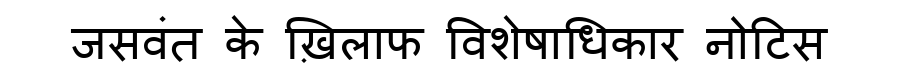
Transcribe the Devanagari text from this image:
जसवंत के ख़िलाफ विशेषाधिकार नोटिस